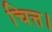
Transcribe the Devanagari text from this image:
चित्त।